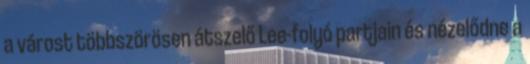
a várost többszörösen átszelő Lee-folyó partjain és nézelődne a